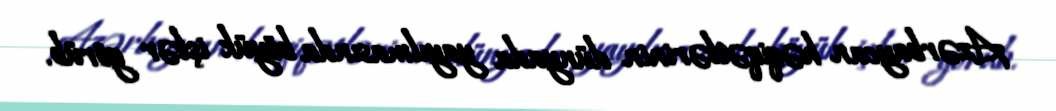
Azərbaycan həqiqətlərinin dünyada yayılmasında böyük işlər görüb.